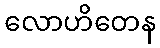
လောဟိတေန